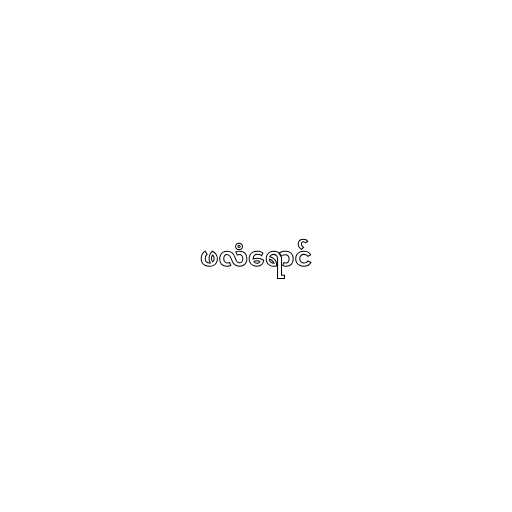
ဖလံရောင်